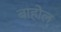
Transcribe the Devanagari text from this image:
बाहोल